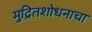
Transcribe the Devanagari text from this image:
मुद्रितशोधनाचा